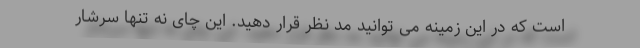
است که در این زمینه می توانید مد نظر قرار دهید. این چای نه تنها سرشار